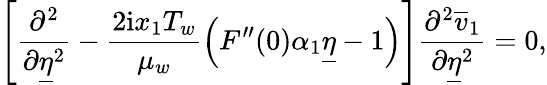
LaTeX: \left[\frac{\partial^{2}}{\partial\underline{{\eta}}^{2}}-\frac{2\mathrm{i}x_{1}T_{w}}{\mu_{w}}\left(F^{\prime\prime}(0)\alpha_{1}\underline{{\eta}}-1\right)\right]\frac{\partial^{2}\overline{{v}}_{1}}{\partial\underline{{\eta}}^{2}}=0,